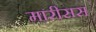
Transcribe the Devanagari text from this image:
मारीसस